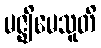
မဇ္ဈိမေသူတိ